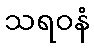
သရဝနံ